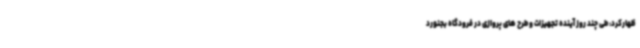
ظهارکرد: طی چند روز آینده تجهیزات و طرح های پروازی در فرودگاه بجنورد